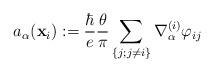
LaTeX: \begin{align*}a_\alpha({\bf x}_i):={\hbar\over e}{\theta\over\pi}\sum_{\{j;j\ne i\}}\nabla_\alpha^{(i)}\varphi_{ij}\end{align*}